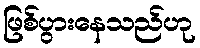
ဖြစ်ပွားနေသည်ဟု